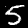
Digit: 5